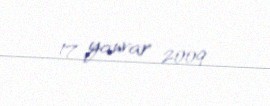
17 yanvar 2009